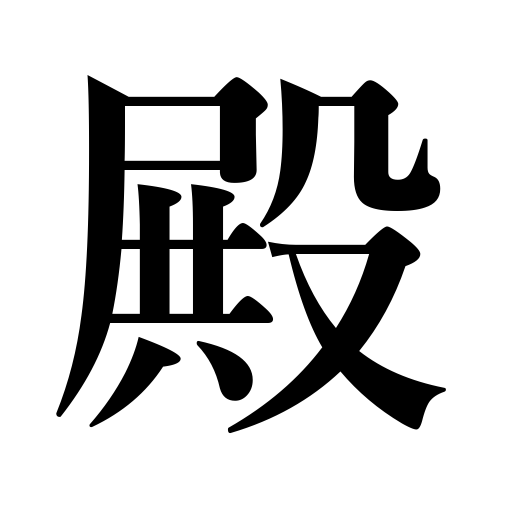
Meanings: mister,,rear guard,place,temple,lord,hall,Mr,mansion,palace